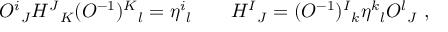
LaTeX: O ^ { i } { } _ { J } H ^ { J } { } _ { K } ( O ^ { - 1 } ) ^ { K } { } _ { l } = \eta ^ { i } { } _ { l } \qquad H ^ { I } { } _ { J } = ( O ^ { - 1 } ) ^ { I } { } _ { k } \eta ^ { k } { } _ { l } O ^ { l } { } _ { J } \ ,